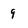
Character: 9